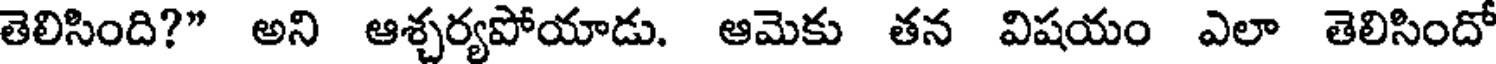
తెలిసింది?" అని ఆశ్చర్యపోయాడు. ఆమెకు తన విషయం ఎలా తెలిసిందో